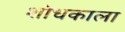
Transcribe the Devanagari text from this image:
शोधकाला